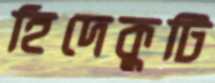
হিদেকুটি